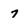
Character: 7